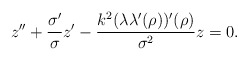
\begin{align*}z''+\frac{\sigma'}{\sigma}z'-\frac{k^2(\lambda\lambda'(\rho))'(\rho)}{\sigma^2}z=0.\end{align*}